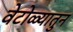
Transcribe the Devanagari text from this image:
वेटोळ्यातुन